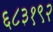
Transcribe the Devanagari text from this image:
६८३१९२